65_HS1-834228961_62-HQ-83894_Section_9
Agency: FBI
Page 197
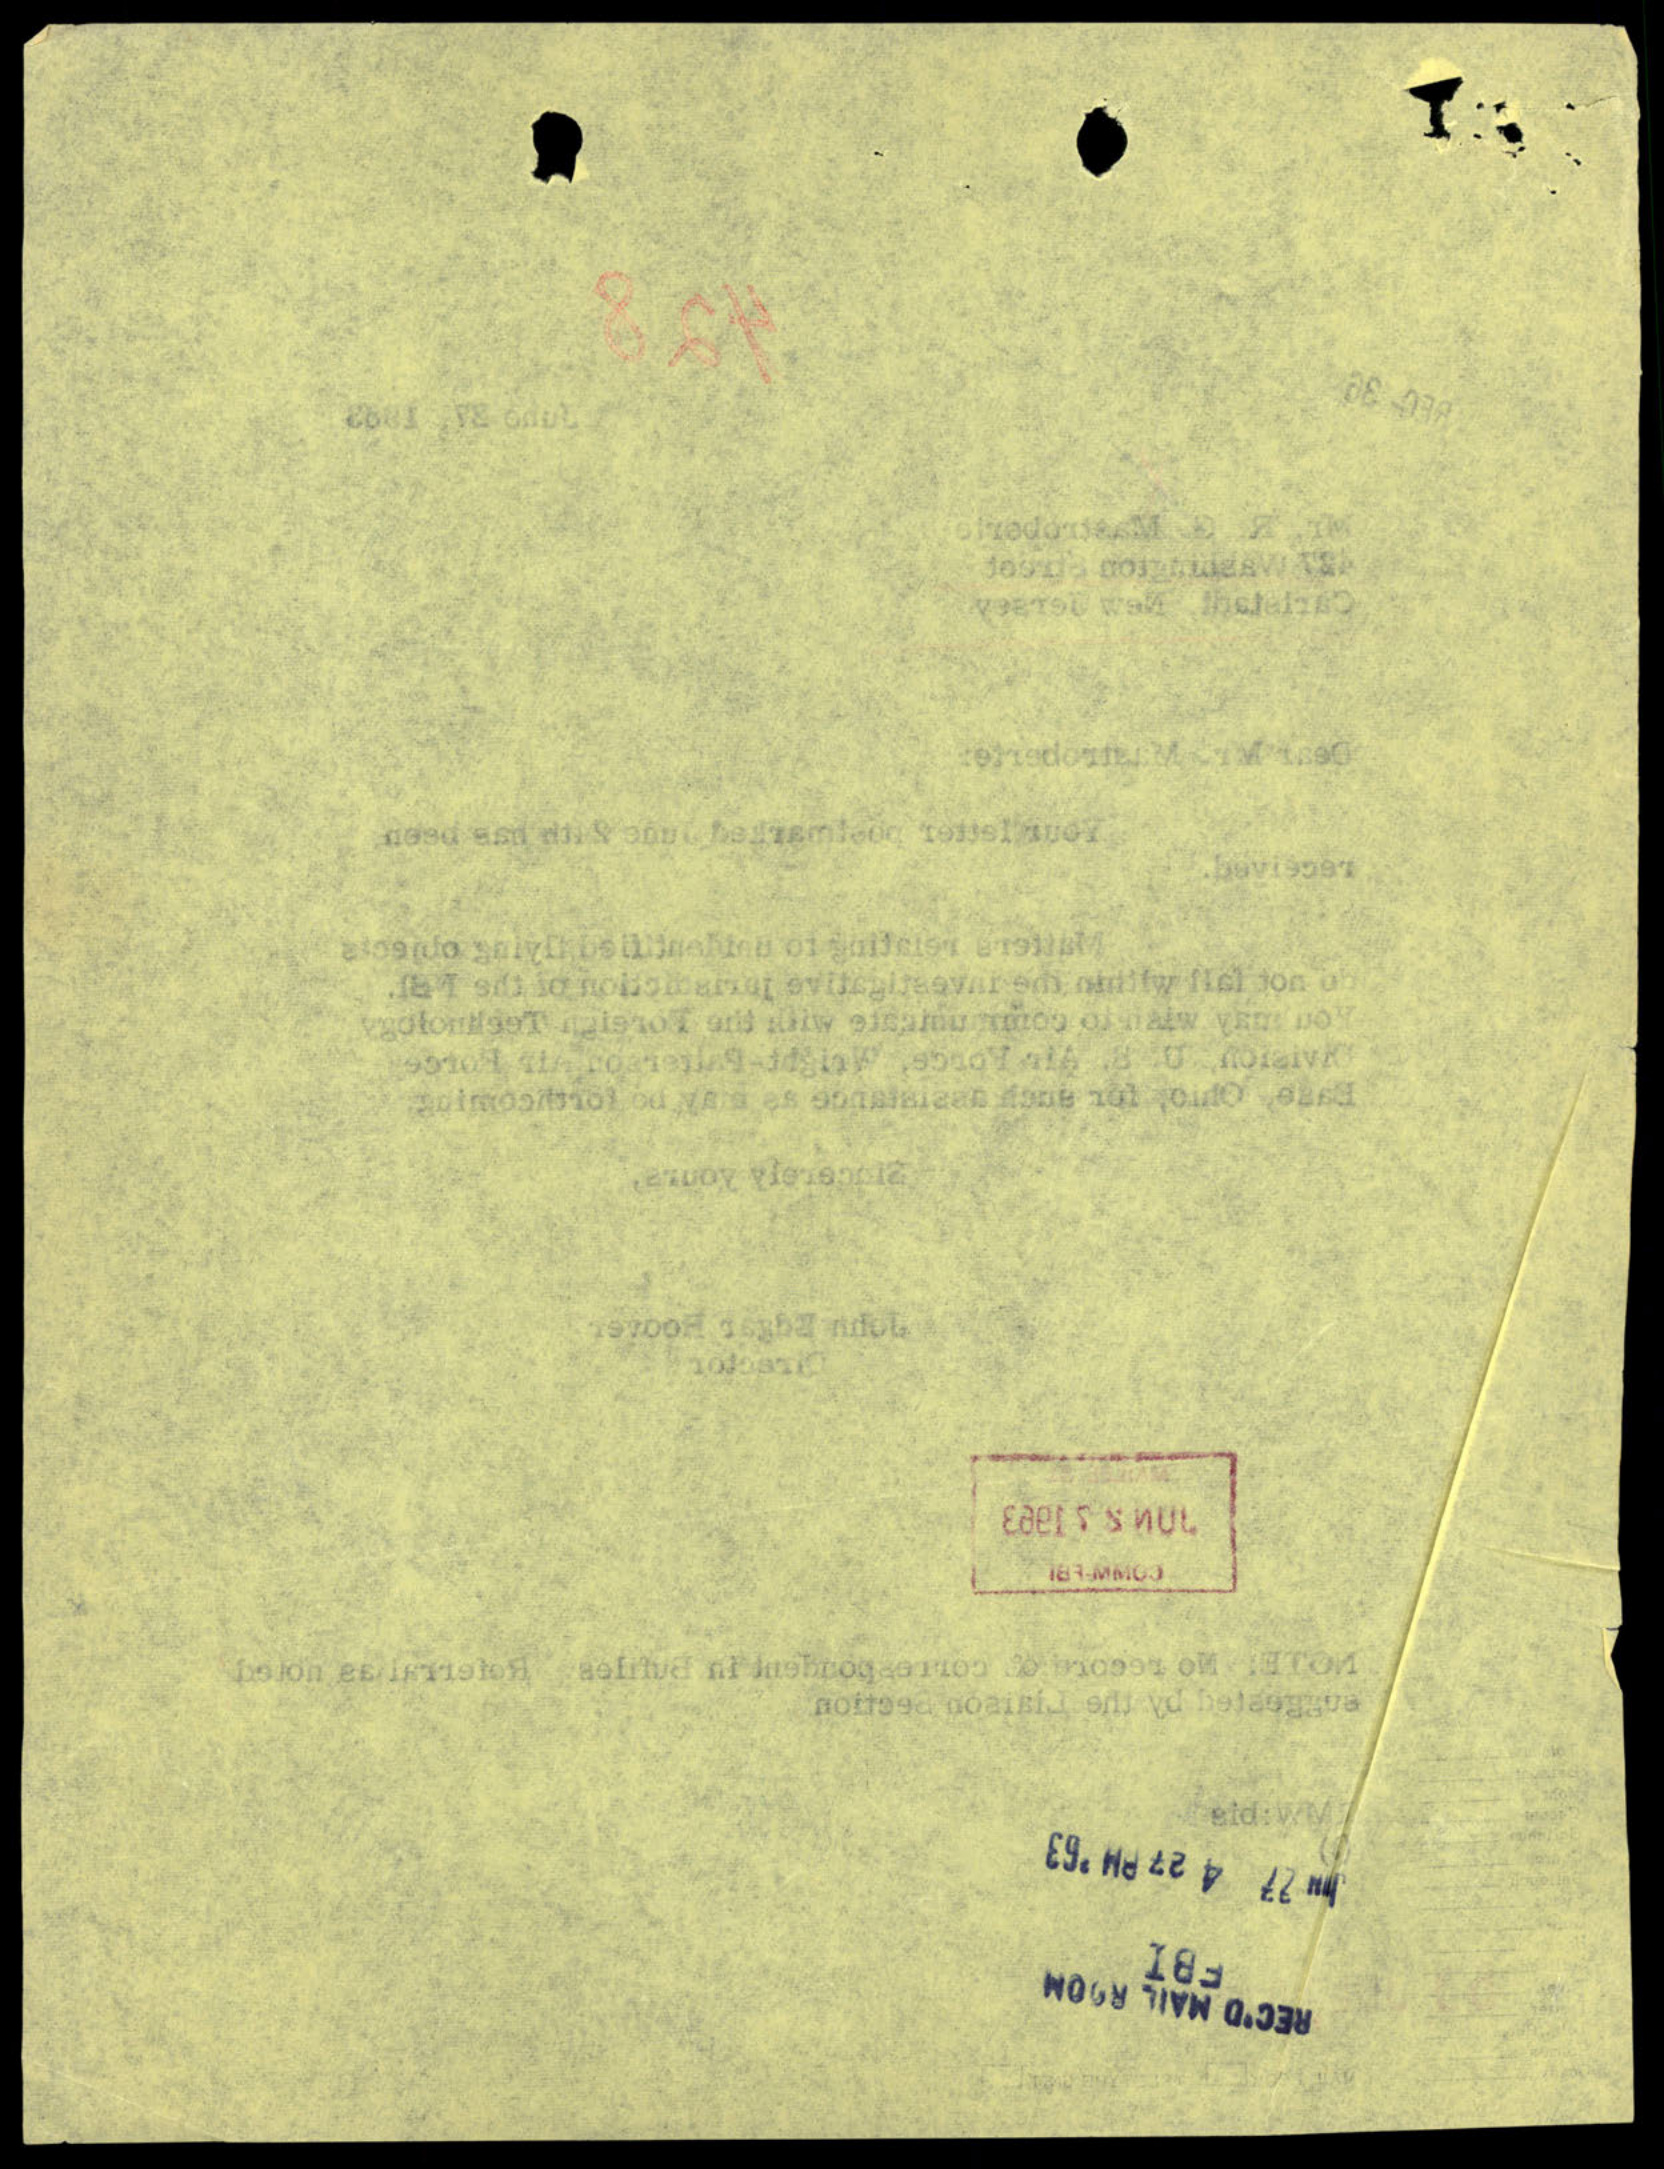